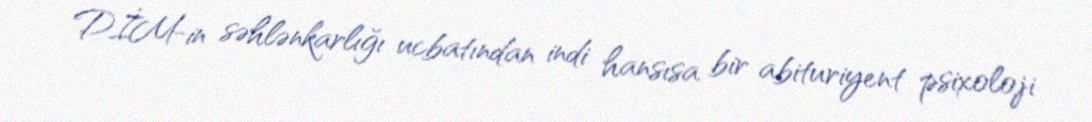
DİM-in səhlənkarlığı ucbatından indi hansısa bir abituriyent psixoloji